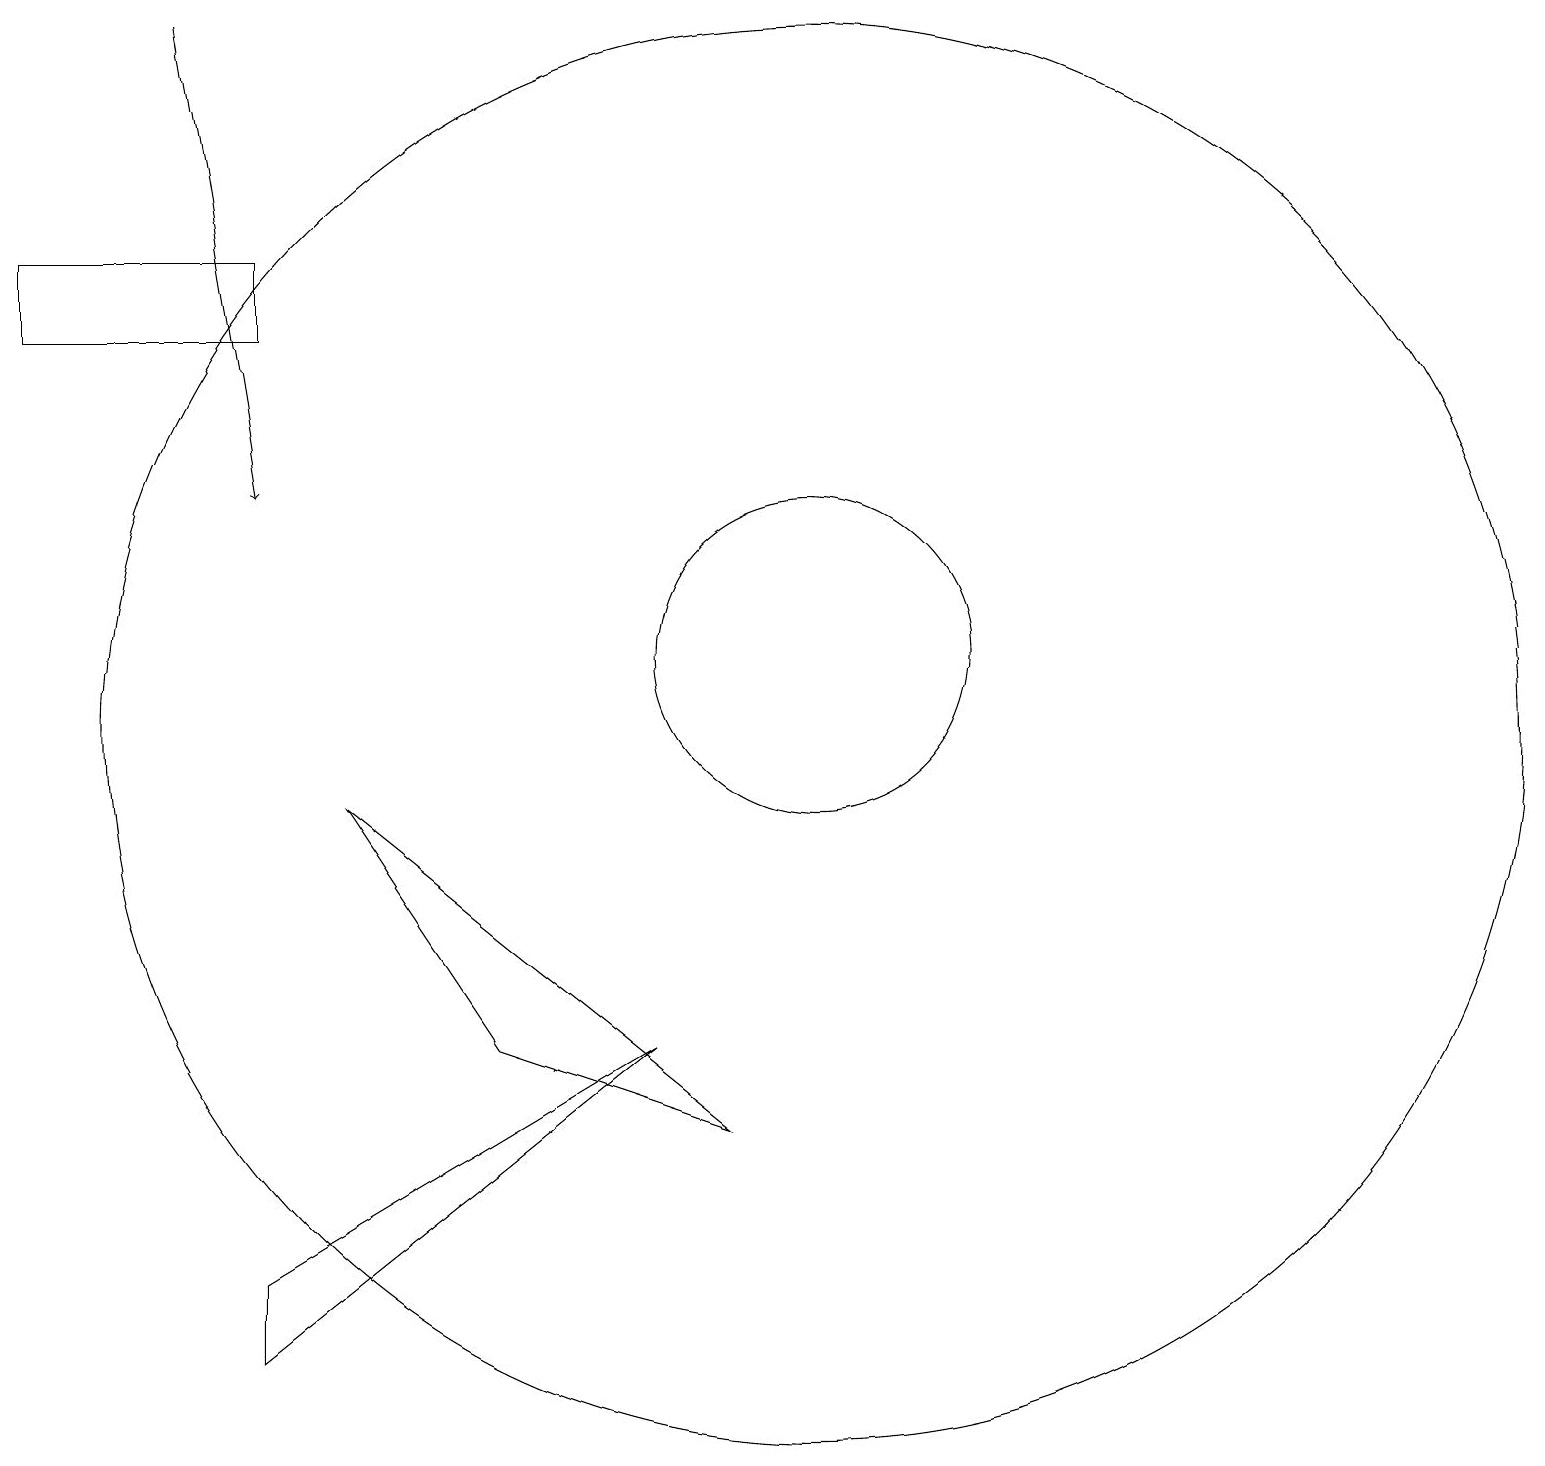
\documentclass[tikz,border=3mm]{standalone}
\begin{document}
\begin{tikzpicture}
\draw (8,6) -- (3,3) -- (3,2) -- cycle;
\draw (10,11) circle (2);
\draw (0,15) rectangle (3,16);
\draw[->] (2,19) -- (3,13);
\draw (10,10) circle (9);
\draw (9,5) -- (6,6) -- (4,9) -- cycle;
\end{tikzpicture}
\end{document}